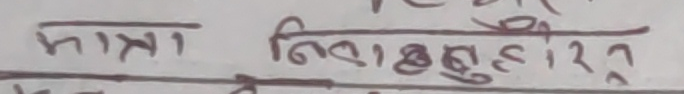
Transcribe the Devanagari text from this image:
मात्रा निरा बुद्धि र त्